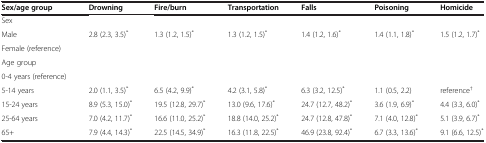
| Sex/age group | Drowning | Fire/burn | Transportation | Falls | Poisoning | Homicide |
 | --- | --- | --- | --- | --- | --- | --- |
 | Sex |  |  |  |  |  |  |
 | Male | 2.8 (2.3, 3.5)* | 1.3 (1.2, 1.5)* | 1.3 (1.2, 1.5)* | 1.4 (1.2, 1.6)* | 1.4 (1.1, 1.8)* | 1.5 (1.2, 1.7)* |
 | Female (reference) |  |  |  |  |  |  |
 | Age group |  |  |  |  |  |  |
 | 0-4 years (reference) |  |  |  |  |  |  |
 | 5-14 years | 2.0 (1.1, 3.5)* | 6.5 (4.2, 9.9)* | 4.2 (3.1, 5.8)* | 6.3 (3.2, 12.5)* | 1.1 (0.5, 2.2) | reference† |
 | 15-24 years | 8.9 (5.3, 15.0)* | 19.5 (12.8, 29.7)* | 13.0 (9.6, 17.6)* | 24.7 (12.7, 48.2)* | 3.6 (1.9, 6.9)* | 4.4 (3.3, 6.0)* |
 | 25-64 years | 7.0 (4.2, 11.7)* | 16.6 (11.0, 25.2)* | 18.8 (14.0, 25.2)* | 24.7 (12.8, 47.8)* | 7.1 (4.0, 12.8)* | 5.1 (3.9, 6.7)* |
 | 65+ | 7.9 (4.4, 14.3)* | 22.5 (14.5, 34.9)* | 16.3 (11.8, 22.5)* | 46.9 (23.8, 92.4)* | 6.7 (3.3, 13.6)* | 9.1 (6.6, 12.5)* |